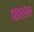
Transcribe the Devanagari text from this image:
१८८९८